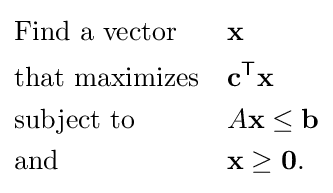
{\begin{aligned}&{\text{Find a vector}}&&\mathbf {x} \\&{\text{that maximizes}}&&\mathbf {c} ^{\mathsf {T}}\mathbf {x} \\&{\text{subject to}}&&A\mathbf {x} \leq \mathbf {b} \\&{\text{and}}&&\mathbf {x} \geq \mathbf {0} .\end{aligned}}